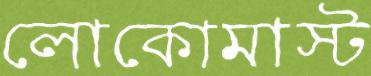
লোকোমাস্ট